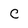
Character: C